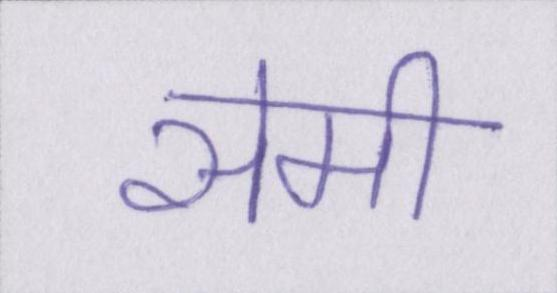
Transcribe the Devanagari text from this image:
सेमी